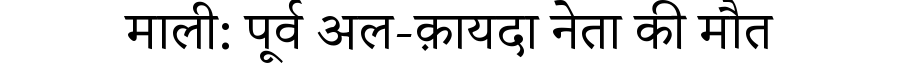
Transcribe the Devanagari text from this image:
माली: पूर्व अल-क़ायदा नेता की मौत